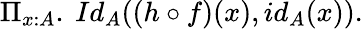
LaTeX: \Pi_{x:A}.\ Id_{A}((h\circ f)(x),id_{A}(x)).